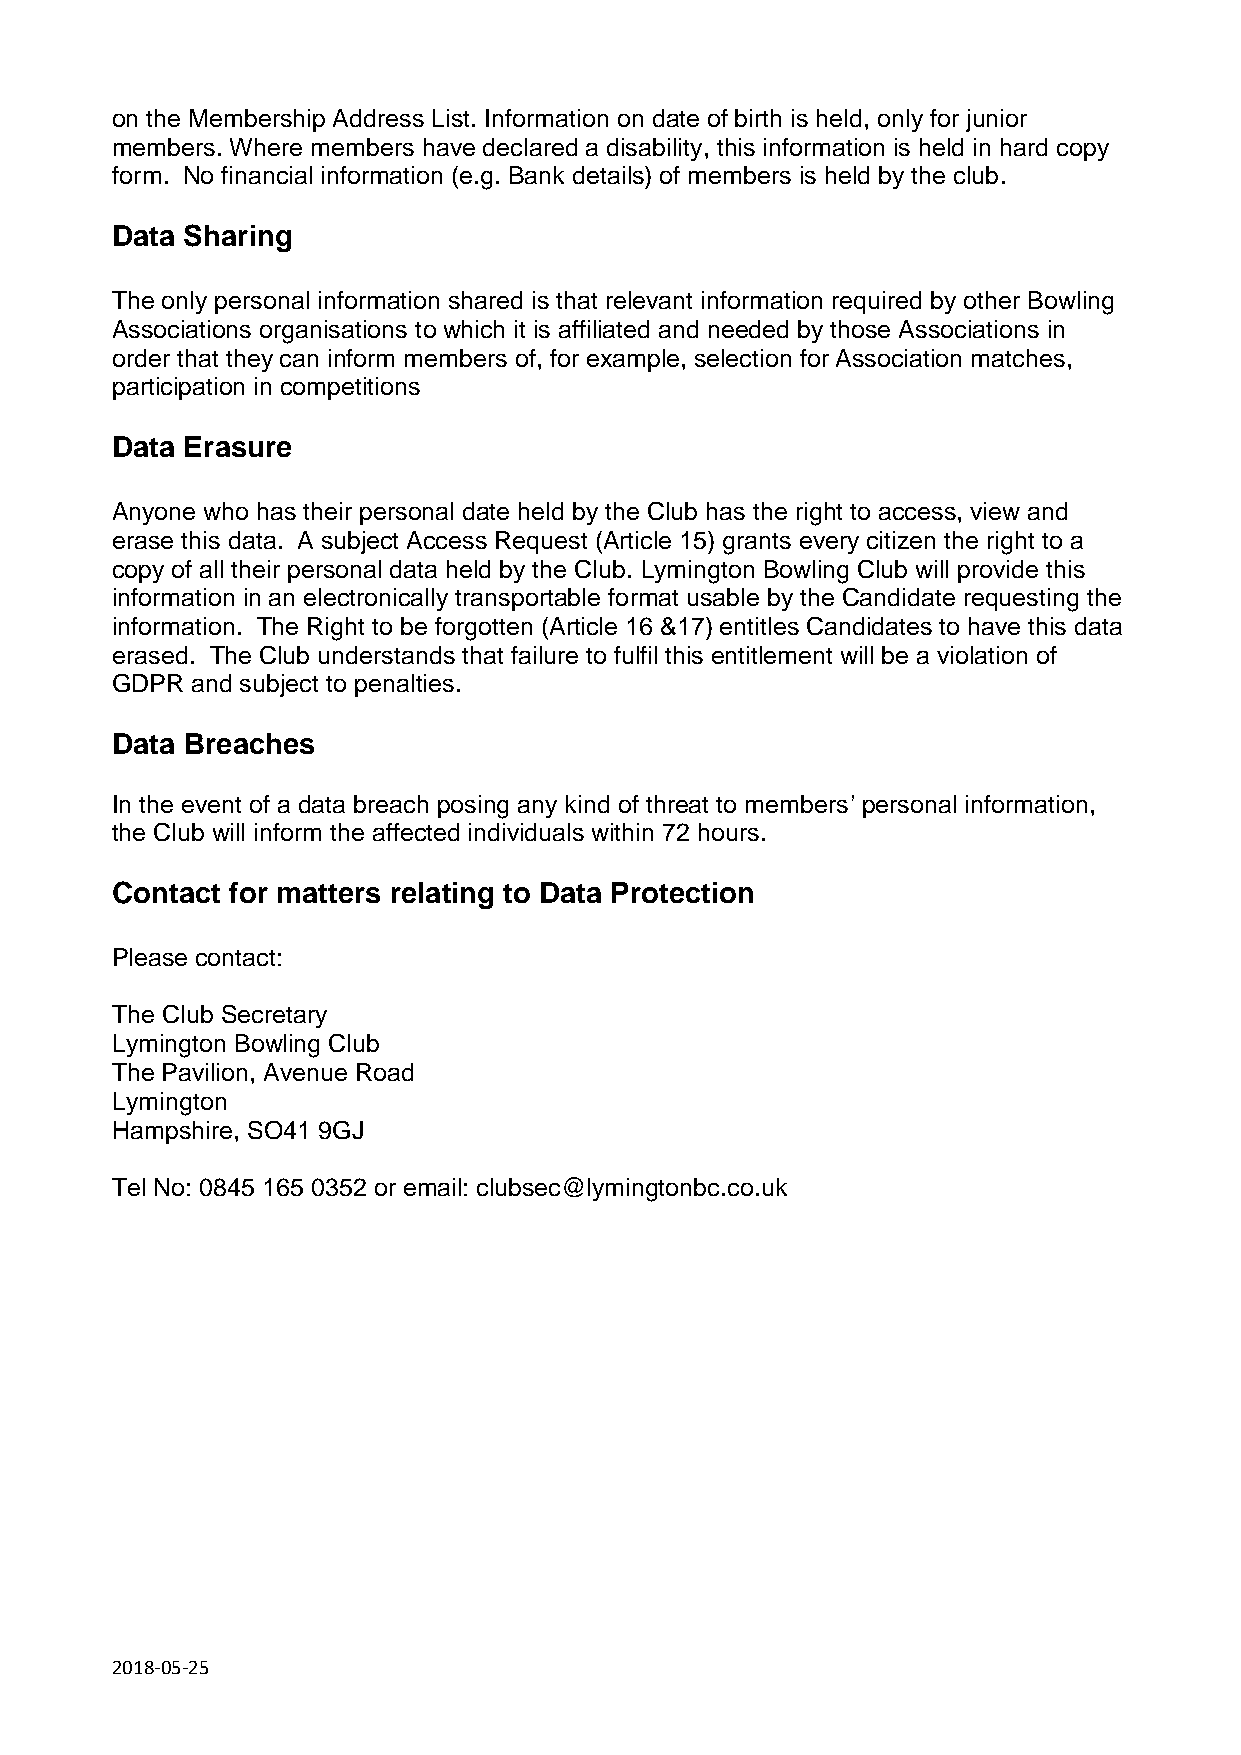
on the Membership Address List. Information on date of birth is held, only for junior
 members. Where members have declared a disability, this information is held in hard copy
 form. No financial information (e.g. Bank details) of members is held by the club.
 Data Sharing
 The only personal information shared is that relevant information required by other Bowling
 Associations organisations to which it is affiliated and needed by those Associations in
 order that they can inform members of, for example, selection for Association matches,
 participation in competitions
 Data Erasure
 Anyone who has their personal date held by the Club has the right to access, view and
 erase this data. A subject Access Request (Article 15) grants every citizen the right to a
 copy of all their personal data held by the Club. Lymington Bowling Club will provide this
 information in an electronically transportable format usable by the Candidate requesting the
 information. The Right to be forgotten (Article 16 &17) entitles Candidates to have this data
 erased. The Club understands that failure to fulfil this entitlement will be a violation of
 GDPR  and subject to penalties.
 Data Breaches
 In the event of a data breach posing any kind of threat to members’ personal information,
 the Club will inform the affected individuals within 72 hours.
 Contact for matters relating to Data Protection
 Please contact:
 The Club Secretary
 Lymington Bowling Club
 The Pavilion, Avenue Road
 Lymington
 Hampshire, SO41 9GJ
 Tel No: 0845 165 0352 or email: clubsec@lymingtonbc.co.uk
 2018-05-25